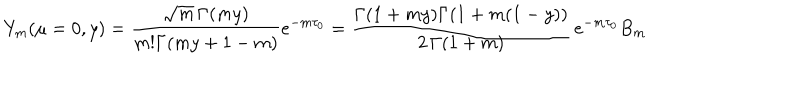
LaTeX: Y _ { m } ( \mu = 0 , y ) = \frac { \sqrt { m } \, \Gamma ( m y ) } { m ! \Gamma ( m y + 1 - m ) } e ^ { - m \tau _ { 0 } } = \frac { \Gamma ( 1 + m y ) \Gamma ( 1 + m ( 1 - y ) ) } { 2 \, \Gamma ( 1 + m ) } \, e ^ { - m \tau _ { 0 } } B _ { m }